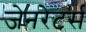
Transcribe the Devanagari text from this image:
जेनरेटर्स